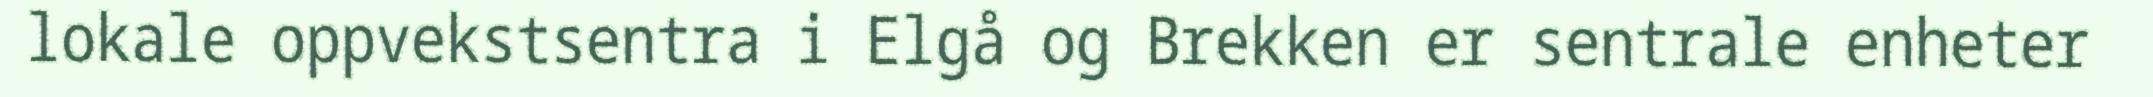
lokale oppvekstsentra i Elgå og Brekken er sentrale enheter